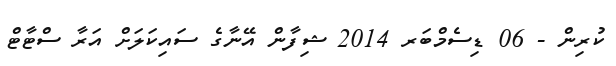
ކުރިން - 06 ޑިސެމްބަރ 2014 ޝިފާން އޭނާގެ ސައިކަލަށް އަރާ ސްޓާޓް